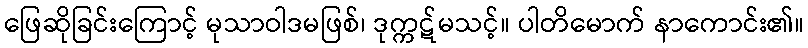
ဖြေဆိုခြင်းကြောင့် မုသာဝါဒမဖြစ်၊ ဒုက္ကဋ်မသင့်။ ပါတိမောက် နာကောင်း၏။